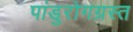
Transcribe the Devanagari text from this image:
पांडुरोगग्रस्त